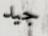
جيد